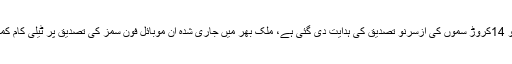
واضح رہے کہ حکومت کی جانب سے موبائل فون کمپنیوں کو 14کروڑ سموں کی ازسرنو تصدیق کی ہدایت دی گئی ہے، ملک بھر میں جاری شدہ ان موبائل فون سمز کی تصدیق پر ٹیلی کام کمپنیوں کو 5ارب 67کروڑ روپے کے اخراجات کا سامنا ہو گا۔